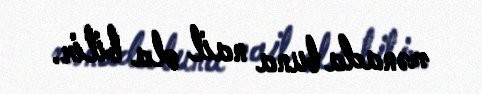
mənada buna nail ola bilir.